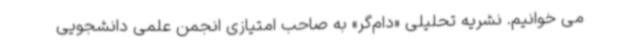
می خوانیم. نشریه تحلیلی «دام‌گر» به صاحب امتیازی انجمن علمی دانشجویی